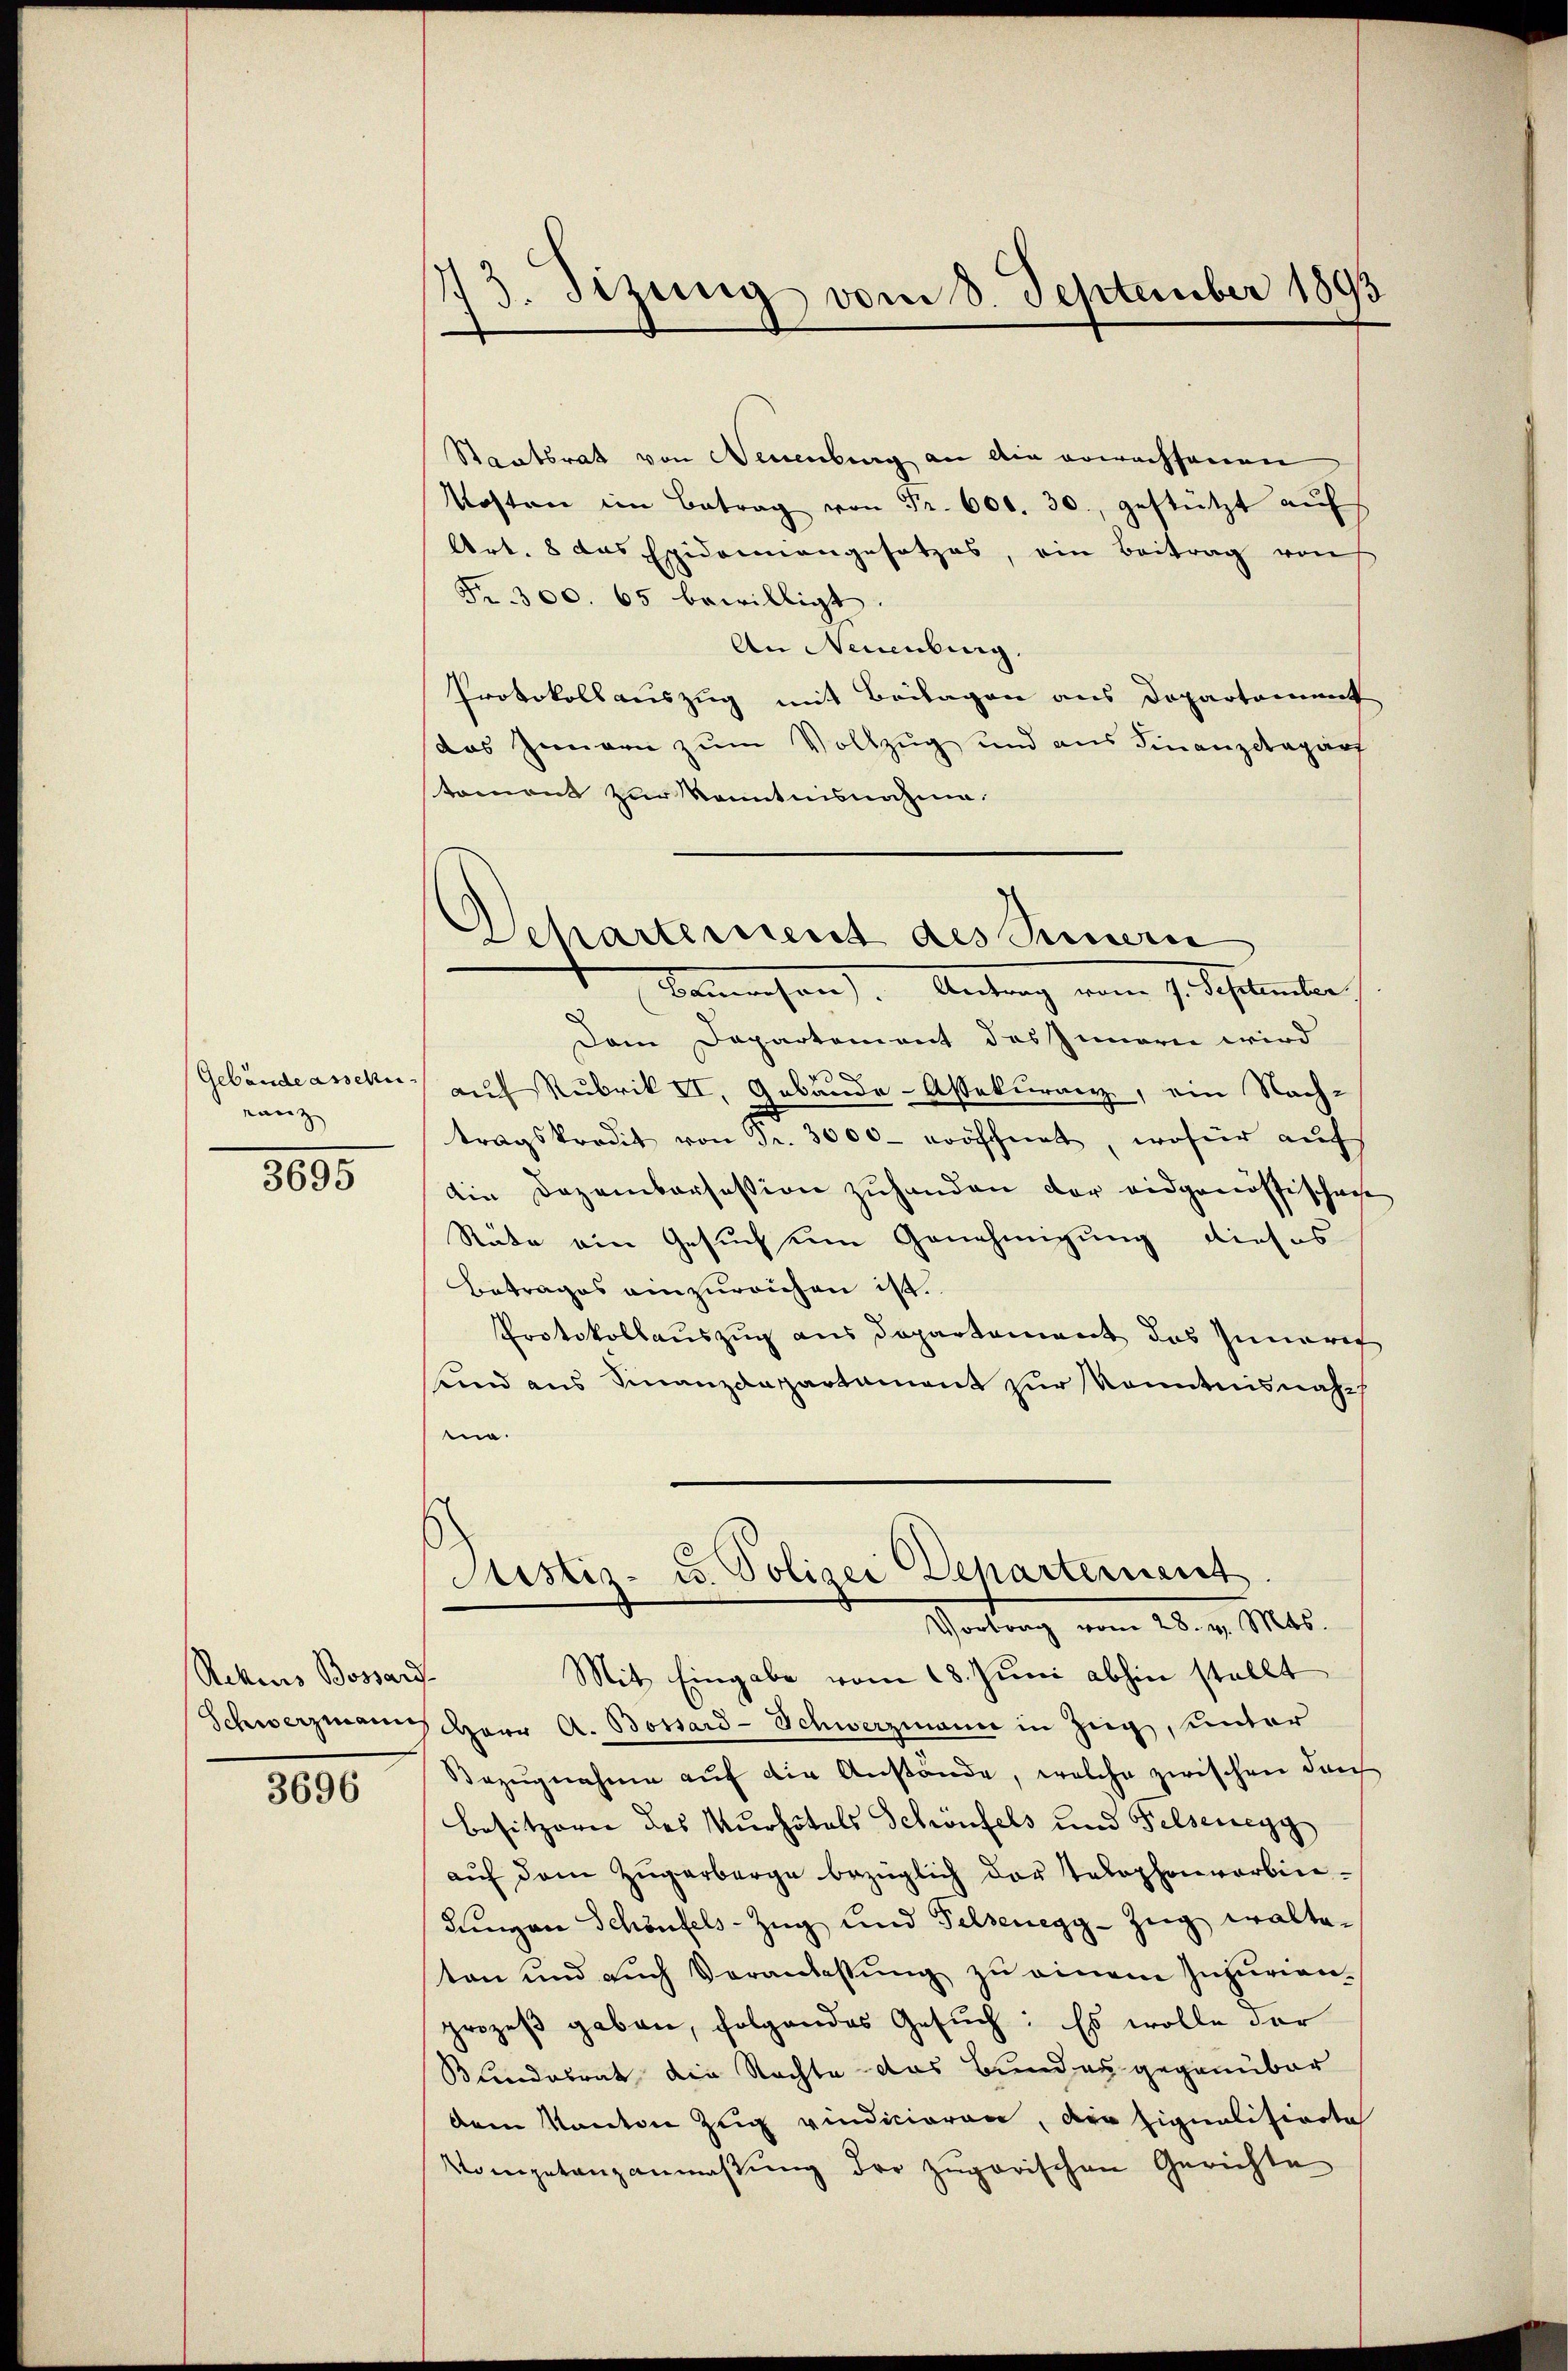
Gebäude assekuranz

3695

Rekaris Bossard- |
Schwerzmann

3696

173. Sizung vom 8. September 1893

Staatsrat von Neuenburg an die erwachsenen
Kosten im Betrag von Fr. 600. 30. gestützt aŭf
Art. 8 das Epidemangesetzes, ein Beitrag von
Fr. 300. 65 bewilligt.
An Neuenburg.
Protokollauszug mit Beilagen aus Departement
das Zimmern zum Vollzug und aus Finanzdepart
toment zur Kenntnisnahme.
Bamachen. Antrag vom 7. Schlander
Dem Departement des Innern wird
.
auf Rubrik II. Anbande-Assekuranz, ein Nach-
tragskredit von Fr. 3000 eröffnet, wofür auf
die Dezembersession zuhanden der eidgenössischei
Räte ein Gesuch um Genehmigung dieses
Betrages einzureichen ist.
Protokollauszug aus Departement das Inneres
und aus Finanzdepartement zur Kenntnisnahm.
Sistiz- u. Polizei Departement
Vortrag vom 28. v. Mts.
Mit Eingabe vom 18. Juni abhin stellt
HHerr A. Bossard-Schwerzmann in Zug, unter
Bezŭgnahme aŭf die Anstände, welche zwischen don
Besitzere des Kurhötels Schönfels und Felsenegg
auf dem Zŭgerberge bezüglich der Telephonverbin¬
Jungen Schönfels-Zug und Felsenegg-Zug walteton und auch Veranlassŭng zu einem Injurien-
prozeß geben, folgendes Gesuch: Es wolle der
Bundesrat die Nachte das Bundes gegenüber
dem Kanton Zug vindicioren, der Eignalisionta
Kompetanzanmaßung der zugarischen Gerichte

1
Scharterient des Seinern